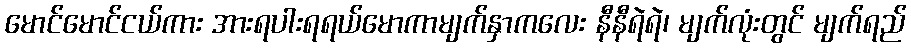
မောင်မောင်ငယ်ကား အားရပါးရရယ်မောကာမျက်နှာကလေး နီနီရဲရဲ၊ မျက်လုံးတွင် မျက်ရည်